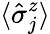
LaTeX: \langle\hat{\sigma}_{j}^{z}\rangle